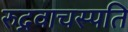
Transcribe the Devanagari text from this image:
रुद्रवाचस्पति